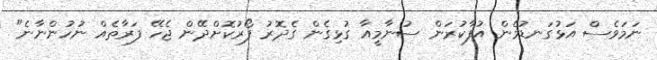
ނަމަވެސް އަޅުގަނޑުމެން އުފާކުރަން ސުނާމީއާ ގުޅިގެން ގެދޮރު ފޯރުކޮށްދޭން ޖެހޭ ފަރާތެއް ނުހުންނާނެ"